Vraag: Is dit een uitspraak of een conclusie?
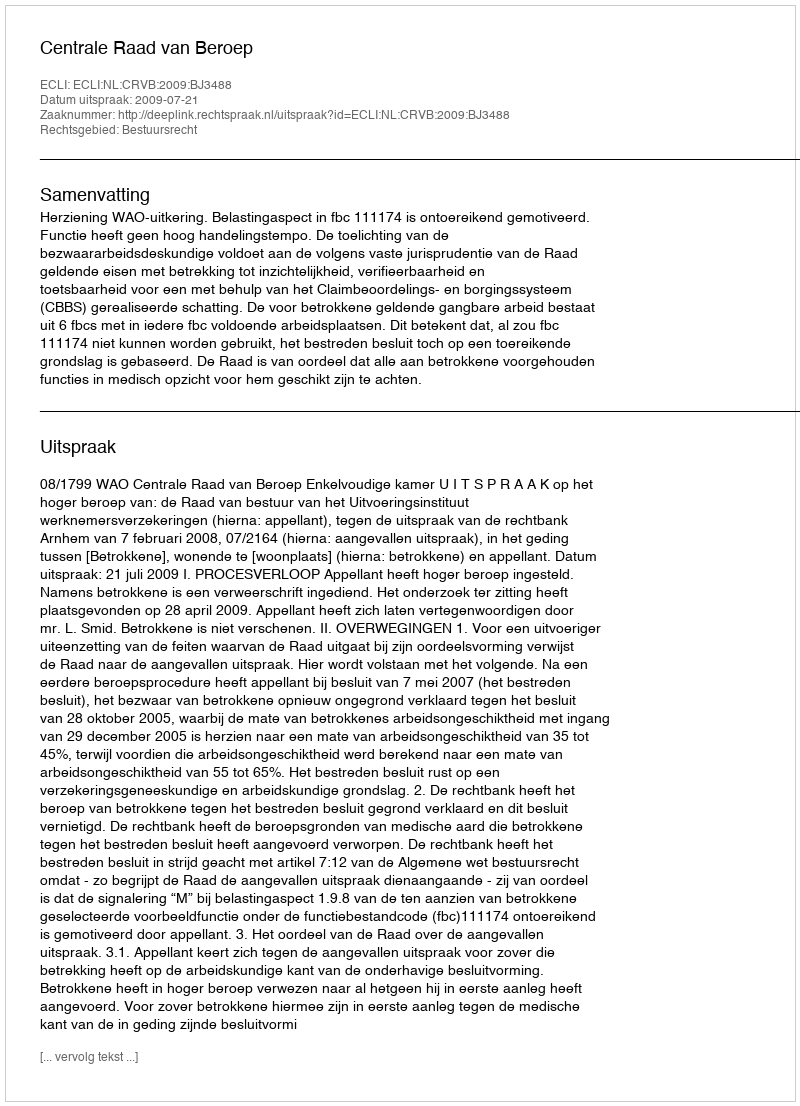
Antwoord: Uitspraak